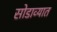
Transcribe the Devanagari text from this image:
सोडाव्यात